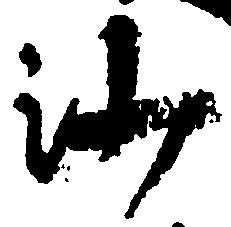
沙